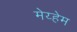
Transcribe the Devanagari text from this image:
मेय्हेम